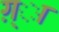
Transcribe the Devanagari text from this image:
ग़्ा